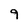
Character: 9